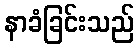
နာခံခြင်းသည်